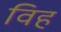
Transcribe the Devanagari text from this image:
विह